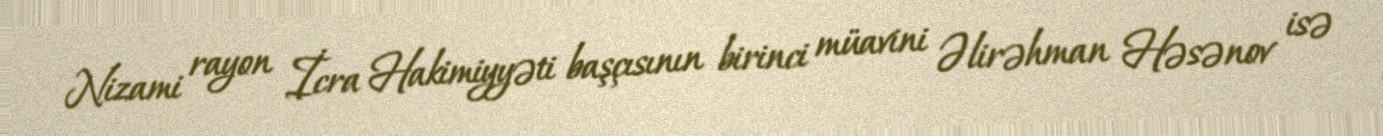
Nizami rayon İcra Hakimiyyəti başçısının birinci müavini Əlirəhman Həsənov isə